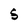
Character: S